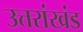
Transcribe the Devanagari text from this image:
उत्तरांखंड